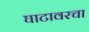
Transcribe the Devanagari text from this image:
घाटावरचा